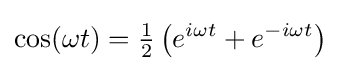
\cos(\omega t)={\begin{matrix}{\frac {1}{2}}\end{matrix}}\left(e^{i\omega t}+e^{-i\omega t}\right)